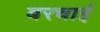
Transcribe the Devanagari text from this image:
बरचाई